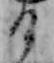
る